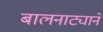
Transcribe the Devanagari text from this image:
बालनाट्याने